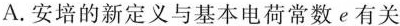
A. 安培的新定义与基本电荷常数 e 有关